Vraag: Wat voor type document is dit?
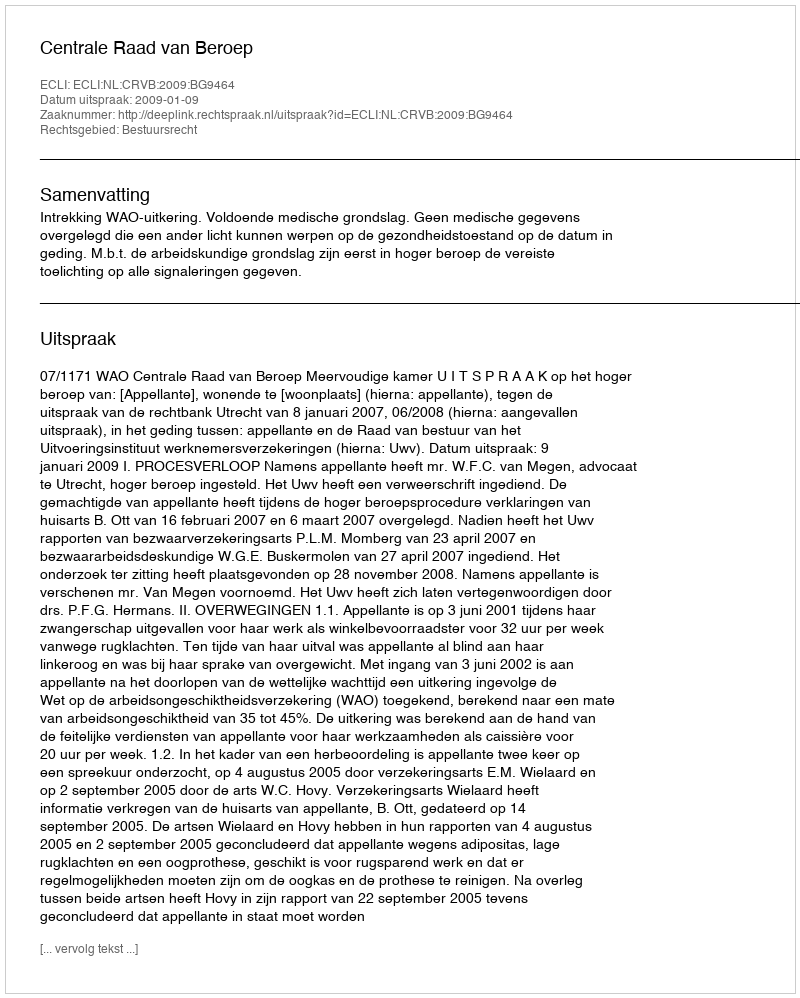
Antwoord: Uitspraak